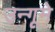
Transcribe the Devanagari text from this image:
उन्गूमे